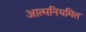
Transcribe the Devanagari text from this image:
आत्मनियमित